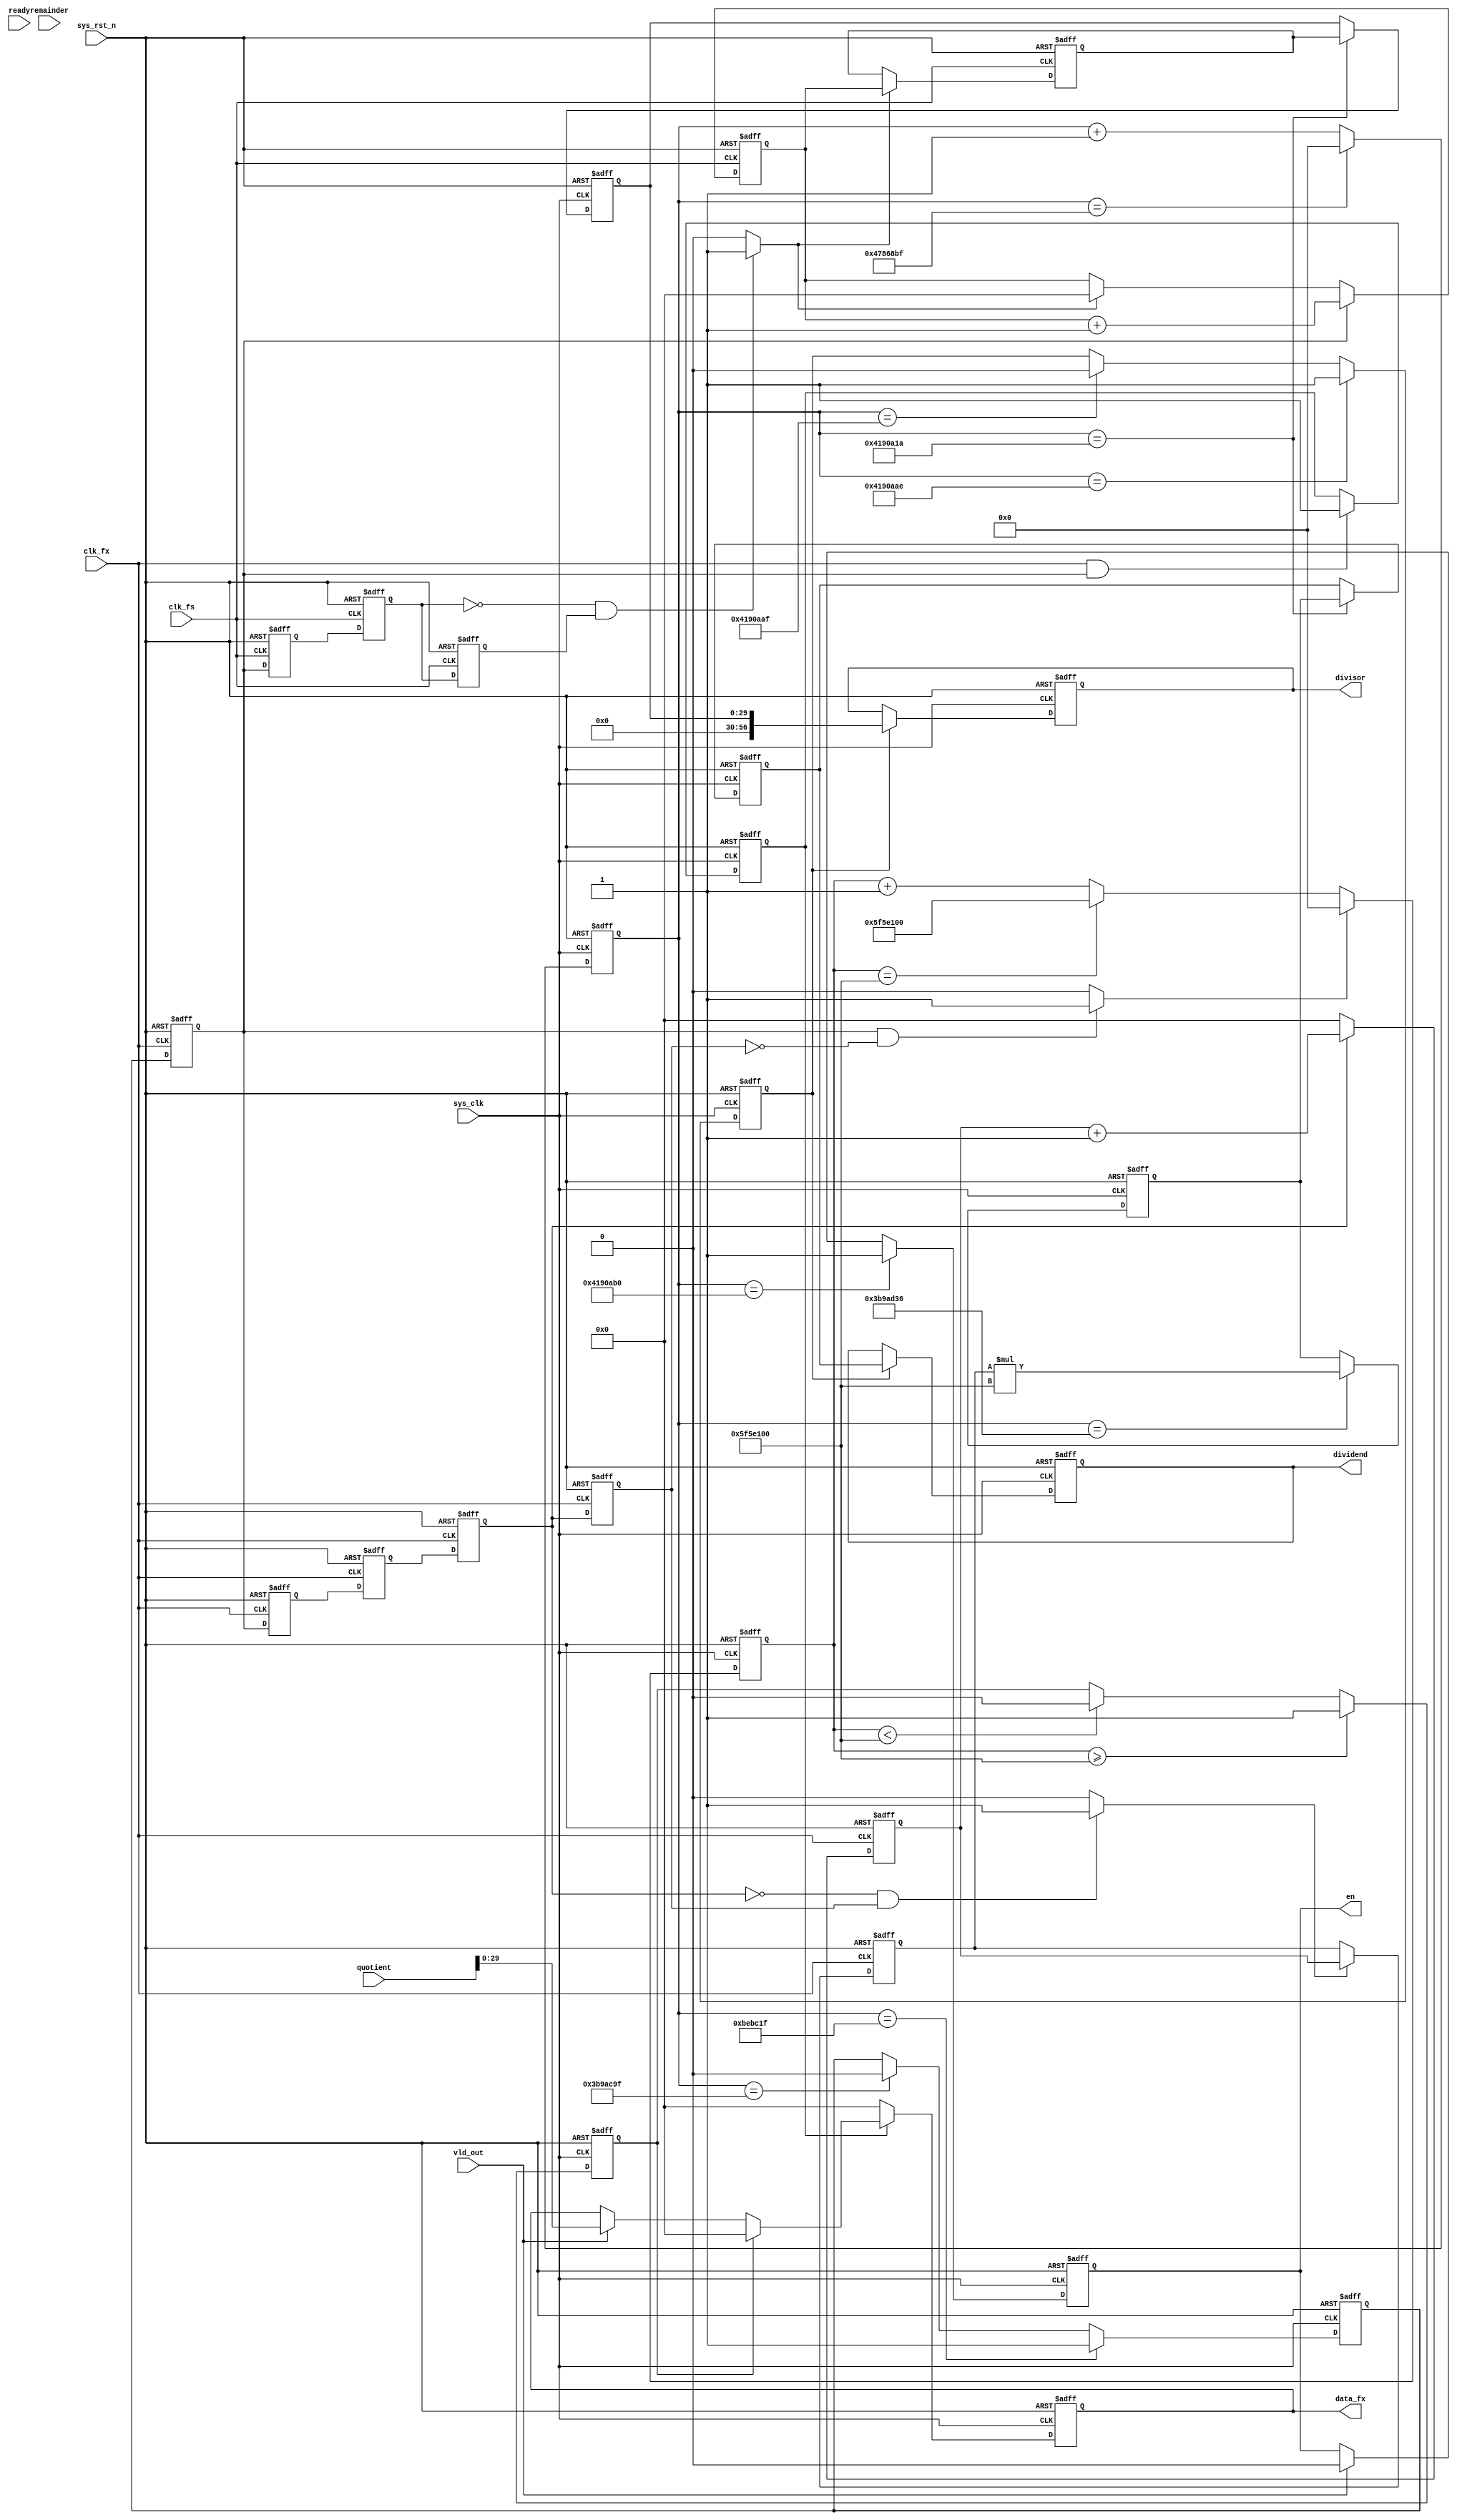
//****************************************Copyright (c)***********************************//
//www.yuanzige.com
//http://www.openedv.com/forum.php
//https://zhengdianyuanzi.tmall.com
//""ZYNQ & FPGA & STM32 & LINUX
//
//Copyright(C)  2023-2033
//All rights reserved                                  
//----------------------------------------------------------------------------------------
// File name:           cymometer
// Created by:          
// Created date:        20232314:17:02
// Version:             V1.0
// Descriptions:        cymometer
//
//----------------------------------------------------------------------------------------
//****************************************************************************************///

module cymometer#(
    parameter   CNT_GATE_MAX = 28'd75_000_000,      // 1.5s 
    parameter   CNT_TIME_MAX = 28'd100_000_000,     // 2s     
    parameter   CNT_GATE_LOW = 28'd12_500_000,      // 0.25s
    parameter   CLK_FS_FREQ  = 28'd100_000_000
)(
    input               sys_clk,            // 50M
    input               clk_fs,             // 100M
    input               sys_rst_n,          // 
    input               clk_fx,             // 

    output reg [29:0]   data_fx,            // 

    input  wire         ready,              // 
    input wire [56:0]   quotient,           // 
    input wire [56:0]   remainder,          // 
    input wire          vld_out,            // 

    output reg [56:0]   dividend,           // 
    output reg [56:0]   divisor,            // 
    output reg          en                  // 
 
);
//
localparam TIME = 10'd150;                   // 
//reg define
reg             gate_sclk;
reg     [27:0]  cnt_gate_fs;
reg             gate_fx;
reg             gate_fx_d0;
reg             gate_fx_d1;
reg             gate_fx_d2;
reg             gate_fx_d3;
reg             gate_fs;
reg             gate_fs_d0;
reg             gate_fs_d1;
reg     [29:0]  cnt_fx;
reg     [29:0]  cnt_fx_reg;
reg     [29:0]  cnt_fs;
reg     [29:0]  cnt_fs_reg;
reg     [29:0]  cnt_fs_reg_reg;
reg             calc_flag;
reg     [56:0]  numer;
reg             fx_flag;
reg     [56:0]  numer_reg;
reg     [27:0]  cnt_dely;
reg             flag_dely;
//wire define
wire            gate_fx_pose;       // 
wire            gate_fx_nege;       // 
wire            gate_fs_nege;       // 

//*****************************************************
//**                    main code
//*****************************************************

//  CLK_FX_FREQ = cnt_fx*CLK_FS_FREQ/cnt_fs
assign gate_fx_pose = ((gate_fx) && (!gate_fx_d3))? 1'b1:1'b0;//
assign gate_fx_nege = ((!gate_fx_d2) && gate_fx_d3)? 1'b1:1'b0;//
assign gate_fs_nege = ((!gate_fs_d0) && gate_fs_d1)? 1'b1:1'b0;//

//  cnt_gate_fs 1.5s
always@(posedge sys_clk or negedge sys_rst_n)begin
    if(!sys_rst_n)
        cnt_gate_fs <= 28'd0;
    else if(cnt_gate_fs == CNT_GATE_MAX - 1'b1 )
        cnt_gate_fs <= 28'd0;
    else
        cnt_gate_fs <= cnt_gate_fs + 1'b1;
end

//  GATE_SCLK 
always@(posedge sys_clk or negedge sys_rst_n)begin
    if(!sys_rst_n)
        gate_sclk <= 1'b0;
    else if(cnt_gate_fs == CNT_GATE_LOW - 1'b1)
        gate_sclk <= 1'b1;
    else if(cnt_gate_fs == CNT_GATE_MAX - CNT_GATE_LOW - 1'b1)
        gate_sclk <= 1'b0;
    else
        gate_sclk <= gate_sclk;
end

// ,
always@(posedge clk_fx or negedge sys_rst_n)begin
    if(!sys_rst_n)begin
        gate_fx <= 1'b0;
        gate_fx_d0 <= 1'b0;
        gate_fx_d1 <= 1'b0;
        gate_fx_d2 <= 1'b0;
        gate_fx_d3 <= 1'b0;
        end
    else begin
        gate_fx <= gate_sclk;
        gate_fx_d0 <= gate_fx;
        gate_fx_d1 <= gate_fx_d0;
        gate_fx_d2 <= gate_fx_d1;
        gate_fx_d3 <= gate_fx_d2;
        end
end

//  
always@(posedge clk_fs or negedge sys_rst_n)begin
    if(!sys_rst_n)begin
        gate_fs <= 1'b0;
        gate_fs_d0 <= 1'b0;
        gate_fs_d1 <= 1'b0;
        end
    else begin
        gate_fs <= gate_fx;
        gate_fs_d0 <= gate_fs;
        gate_fs_d1 <= gate_fs_d0;
        end
end

//  cnt_fx() cnt_fs()
//  cnt_fx
always@(posedge clk_fx or negedge sys_rst_n)begin
    if(!sys_rst_n)
        cnt_fx <= 30'd0;
    else if(gate_fx_d2)
        cnt_fx <= cnt_fx + 1'b1;
    else if(!gate_fx_d2)
        cnt_fx <= 30'd0;
    else
        cnt_fx <= cnt_fx;  
end

// 
always@(posedge clk_fx or negedge sys_rst_n)begin
    if(!sys_rst_n)
        cnt_fx_reg <= 30'd0;
    else if(gate_fx_nege)
        cnt_fx_reg <= cnt_fx;
    else
        cnt_fx_reg <= cnt_fx_reg;
end

//  cnt_fs
always@(posedge clk_fs or negedge sys_rst_n)begin
    if(!sys_rst_n)
        cnt_fs <= 30'd0;
    else if(gate_fx)
        cnt_fs <= cnt_fs + 1'b1;
    else if(gate_fs_nege)
        cnt_fs <= 30'd0;
    else
        cnt_fs <= cnt_fs;  
end

// 
always@(posedge clk_fs or negedge sys_rst_n)begin
    if(!sys_rst_n)
        cnt_fs_reg <= 30'd0;
    else if(gate_fs_nege)
        cnt_fs_reg <= cnt_fs;
    else
        cnt_fs_reg <= cnt_fs_reg;
end

// CLK_FX_FREQ = cnt_fx*CLK_FS_FREQ/cnt_fs
//  cnt_fx*CLK_FS_FREQ
always@(posedge sys_clk or negedge sys_rst_n)begin
    if(!sys_rst_n)
        numer <= 57'd0;
    else if(cnt_gate_fs == CNT_GATE_MAX - CNT_GATE_LOW + TIME)
        numer <= cnt_fx_reg * CLK_FS_FREQ;
    else
        numer <= numer;
end

//  numer_reg() 
always@(posedge sys_clk or negedge sys_rst_n)begin
    if(!sys_rst_n)
        numer_reg <=57'd0;
    else if(cnt_gate_fs == (CNT_GATE_MAX - (CNT_GATE_LOW / 2'd2) - TIME))
        numer_reg <= numer;
    else
        numer_reg <= numer_reg;
end

//  cnt_fs_reg_reg() 
always@(posedge sys_clk or negedge sys_rst_n)begin
    if(!sys_rst_n)
        cnt_fs_reg_reg <=30'd0;
    else if(cnt_gate_fs == (CNT_GATE_MAX - (CNT_GATE_LOW / 2'd2)- TIME))
        cnt_fs_reg_reg <= cnt_fs_reg;
    else
        cnt_fs_reg_reg <= cnt_fs_reg_reg;
end        
        
// calc_flag
always@(posedge sys_clk or negedge sys_rst_n)begin
    if(!sys_rst_n)
        calc_flag   <=  1'b0;
    else if(cnt_gate_fs == (CNT_GATE_MAX - CNT_GATE_LOW / 2'd2 - 2'd2))
        calc_flag   <=  1'b1;
    else if(cnt_gate_fs == (CNT_GATE_MAX - CNT_GATE_LOW / 2'd2 - 2'd1))
        calc_flag   <=  1'b0;
    else
        calc_flag <= calc_flag;
end

// 
always@(posedge sys_clk or negedge sys_rst_n)begin
    if(!sys_rst_n)
        fx_flag <= 1'b0;
    else if(clk_fx && gate_fx)
        fx_flag <= 1'b1;
    else 
        fx_flag <= fx_flag;
end

// 
always@(posedge sys_clk or negedge sys_rst_n)begin
    if(!sys_rst_n)
        cnt_dely <= 28'b0;
    else if(gate_fx_pose)
        cnt_dely <= 28'b0;
    else if(cnt_dely == CNT_TIME_MAX)
        cnt_dely <= CNT_TIME_MAX;
    else 
        cnt_dely <= cnt_dely +1'b1;
end

// 2s
always@(posedge sys_clk or negedge sys_rst_n)begin
    if(!sys_rst_n)
        flag_dely <= 1'b0;
    else if(cnt_dely >= CNT_TIME_MAX)               
        flag_dely <= 1'b1;
    else if(cnt_dely < CNT_TIME_MAX)               
        flag_dely <= 1'b0;
    else 
        flag_dely <= flag_dely;
end

// 
always@(posedge sys_clk  or negedge sys_rst_n)begin
    if(!sys_rst_n)
        data_fx <= 30'd0;
    else if(!fx_flag)                   //
        data_fx <= 30'd0;
    else if(flag_dely)                  //
        data_fx <= 30'd0;
    else if(vld_out)
        data_fx <= quotient;
    else
        data_fx <= data_fx;
end

always@(posedge sys_clk or negedge sys_rst_n)begin
    if(!sys_rst_n)
        en <= 1'b0;
    else if(cnt_gate_fs == (CNT_GATE_MAX - CNT_GATE_LOW / 2'd2))
        en <= 1'b1;
    else if(vld_out)
        en <= 1'b0;
    else
        en <= en;        
end

always@(posedge sys_clk or negedge sys_rst_n)begin
    if(!sys_rst_n)begin
        dividend <= 57'd0;
        divisor <= 57'd1;
        end
    else if(calc_flag)begin
        dividend <= numer_reg;
        divisor <= cnt_fs_reg_reg;
        end
    else begin
        dividend <= dividend;
        divisor <= divisor;
        end
end


endmodule